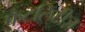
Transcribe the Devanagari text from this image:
फैटलिटीज़